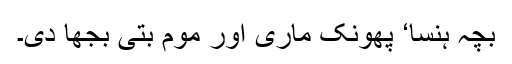
بچہ ہنسا‘ پھونک ماری اور موم بتی بجھا دی۔